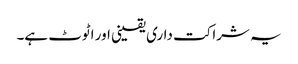
یہ شراکت داری یقینی اور اٹوٹ ہے۔